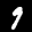
Label: 9